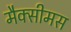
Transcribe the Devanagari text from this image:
मैक्सीमस